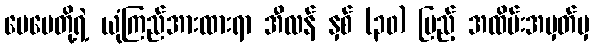
မေမေတို့ရဲ့ ယုံကြည်အားထားရာ အီလန် နှစ် (၃၀) ပြည့် အထိမ်းအမှတ်မှ